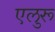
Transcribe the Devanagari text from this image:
एलुरू